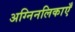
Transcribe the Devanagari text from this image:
अग्निनलिकाएँ